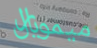
ميموريال